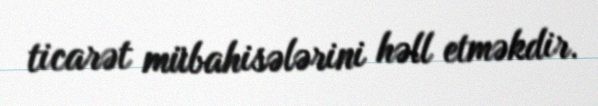
ticarət mübahisələrini həll etməkdir.